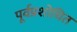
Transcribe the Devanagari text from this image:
पूर्वप्रशोधित